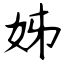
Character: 姊